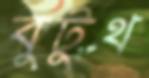
বুটুথ